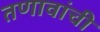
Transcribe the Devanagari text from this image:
तणावांची